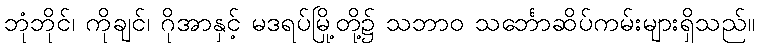
ဘုံဘိုင်၊ ကိုချင်၊ ဂိုအာနှင့် မဒရပ်မြို့တို့၌ သဘာဝ သင်္ဘောဆိပ်ကမ်းများရှိသည်။